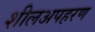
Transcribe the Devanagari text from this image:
शीलअपहरण